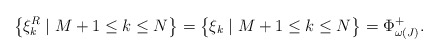
\begin{align*} \bigl\{\xi^{R}_{k} \mid M+1 \le k \le N\bigr\} = \bigl\{\xi_{k} \mid M+1 \le k \le N\bigr\} = \Phi^{+}_{\omega(J)}. \end{align*}